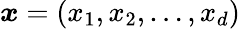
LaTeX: {\boldsymbol{x}}=(x_{1},x_{2},\ldots,x_{d})